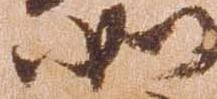
如